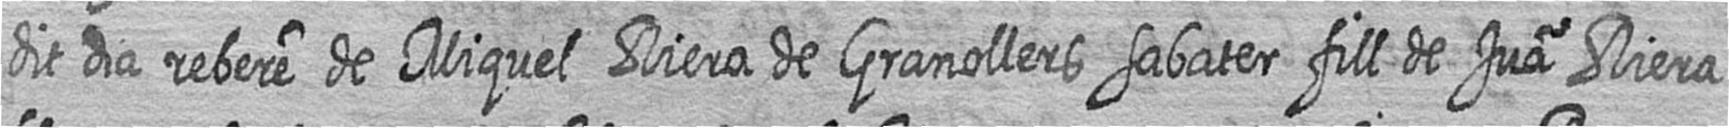
dit dia rebere de Miquel Riera de Granollers sabater fill de Jua Riera